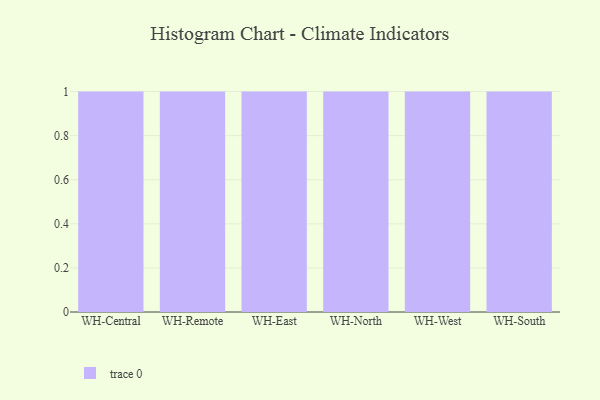
{"axis": {"x": "Warehouse", "y": "Gross Profit (USD K)"}, "legend": [""], "data": [{"x": "WH-Central", "y": 15, "type": ""}, {"x": "WH-Remote", "y": 81, "type": ""}, {"x": "WH-East", "y": 65, "type": ""}, {"x": "WH-North", "y": 18, "type": ""}, {"x": "WH-West", "y": 27, "type": ""}, {"x": "WH-South", "y": 78, "type": ""}]}